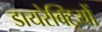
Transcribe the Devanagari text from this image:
डायरेक्ट्रियों